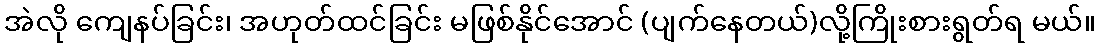
အဲလို ကျေနပ်ခြင်း၊ အဟုတ်ထင်ခြင်း မဖြစ်နိုင်အောင် (ပျက်နေတယ်)လို့ကြိုးစားရွတ်ရ မယ်။